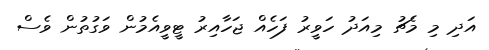
އަދި މި މެޗު މިއަދު ހަވީރު ފަހެއް ޖަހާއިރު ޓީވީއެމުން ވަގުތުން ވެސް